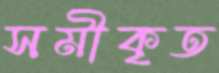
সমীকৃত